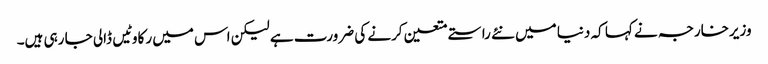
وزیرخارجہ نے کہا کہ دنیا میں نئے راستے متعین کرنے کی ضرورت ہے لیکن اس میں رکاوٹیں ڈالی جا رہی ہیں۔